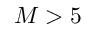
M > 5